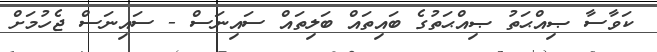
ކަވާސާ ޞިއްޙަތު ޞިއްޙަތުގެ ބައިތައް ބަލިތައް ސައިނަސް - ސައިނަސް ޖެހުމަށް